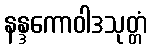
နန္ဒကောဝါဒသုတ္တံ